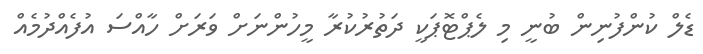
ޑެލް ކުންފުނިން ބުނީ މި ލެޕްޓޮޕަކީ ދަތުރުކުރާ މީހުންނަށް ވަރަށް ހާއްސަ އުފެއްދުމެއް